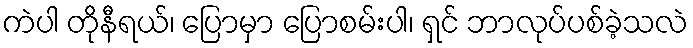
ကဲပါ တိုနီရယ်၊ ပြောမှာ ပြောစမ်းပါ၊ ရှင် ဘာလုပ်ပစ်ခဲ့သလဲ